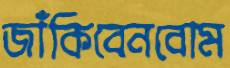
জাঁকিবেনবোম